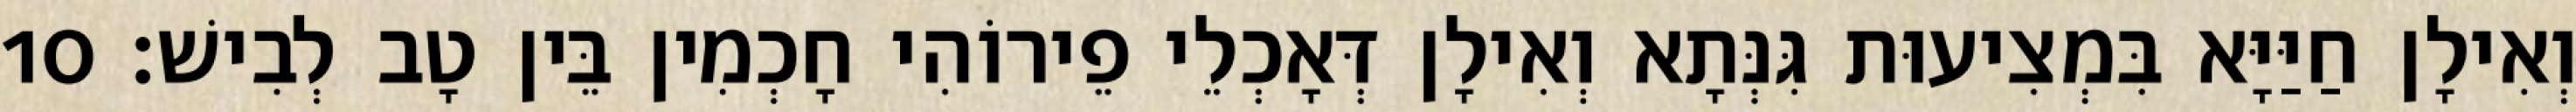
וְאִילָן חַיַּיָּא בִּמְצִיעוּת גִּנְּתָא וְאִילָן דְּאָכְלֵי פֵירוֹהִי חָכְמִין בֵּין טָב לְבִישׁ׃ 10